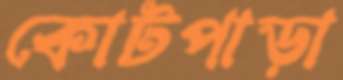
কোটপাড়া